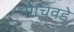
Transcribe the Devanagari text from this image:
गोचिवडे